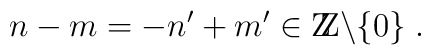
n-m = -n^\prime + m^\prime \in \mbox{Z\hspace{-.8ex}Z}\backslash\{0\} \; .